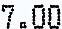
7.00